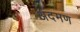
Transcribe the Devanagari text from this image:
अदमण